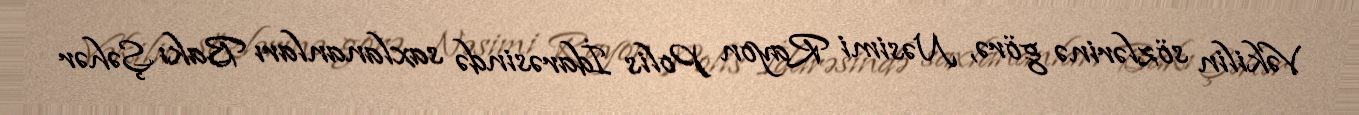
Vəkilin sözlərinə görə, Nəsimi Rayon Polis İdarəsində saxlananları Bakı Şəhər